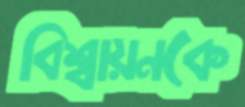
বিশ্বায়নকে